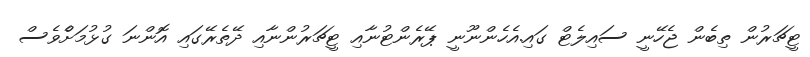
ޓީޗަރުން ތިބެން ޖެހޭނީ ސައިލެޓް ގައި.އެހެންނޫނީ ޕޭރެންޓުނާއި ޓީޗަރުންނާއި ދޭތެރޭގައި އޮންނަ ގުޅުމަށްެވެސް